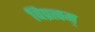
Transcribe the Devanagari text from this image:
विप्रत्वम्